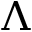
\Lambda